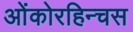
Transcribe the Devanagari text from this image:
ओंकोरहिन्चस